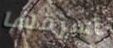
أسرقها